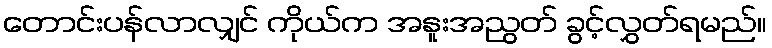
တောင်းပန်လာလျှင် ကိုယ်က အနူးအညွတ် ခွင့်လွှတ်ရမည်။